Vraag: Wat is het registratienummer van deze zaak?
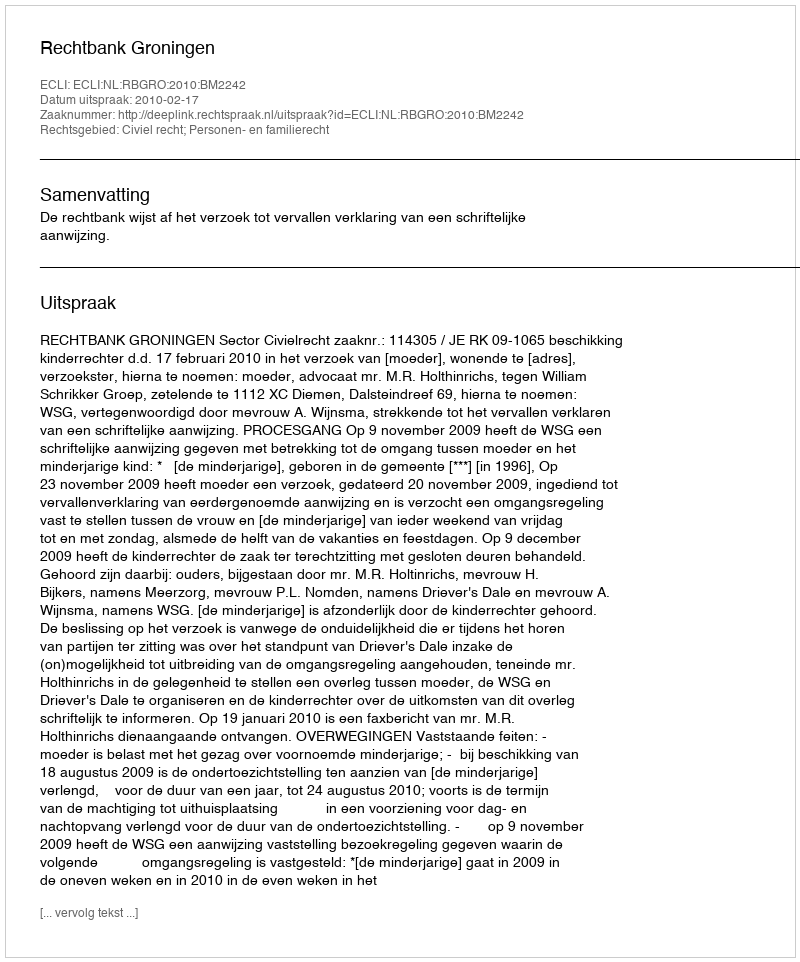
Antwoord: http://deeplink.rechtspraak.nl/uitspraak?id=ECLI:NL:RBGRO:2010:BM2242